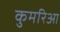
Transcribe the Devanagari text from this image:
कुमरिआ